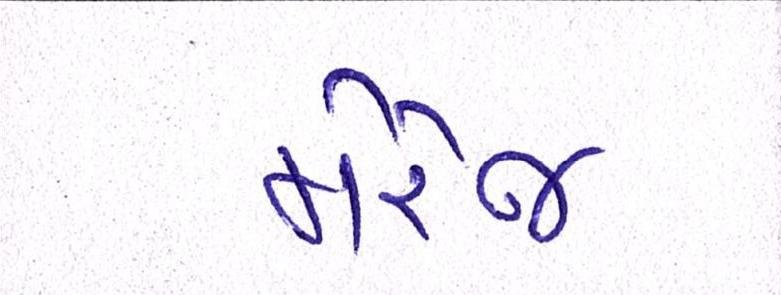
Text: મેરેજ